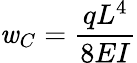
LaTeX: \mathit{w}_{C}={\frac{{qL^{4}}}{{8EI}}}